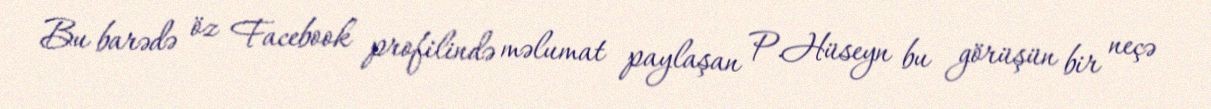
Bu barədə öz Facebook profilində məlumat paylaşan P.Hüseyn bu görüşün bir neçə